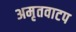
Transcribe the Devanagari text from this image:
अमृतवाटप